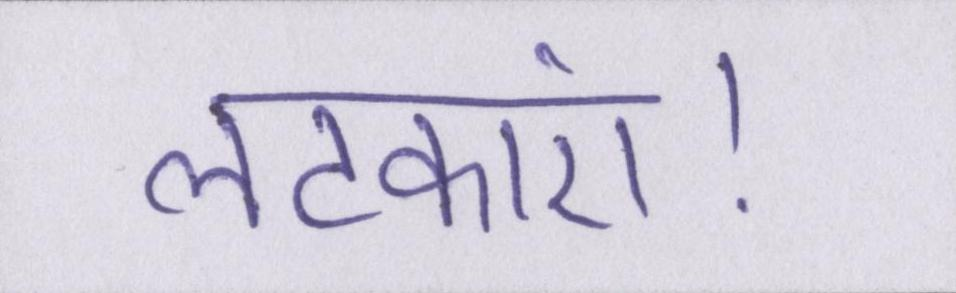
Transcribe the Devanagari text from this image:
लटकाएं।